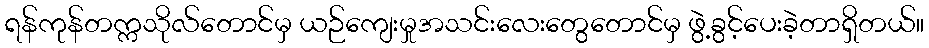
ရန်ကုန်တက္ကသိုလ်တောင်မှ ယဉ်ကျေးမှုအသင်းလေးတွေတောင်မှ ဖွဲ့ခွင့်ပေးခဲ့တာရှိတယ်။